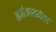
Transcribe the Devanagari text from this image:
सायंकाळनंतर